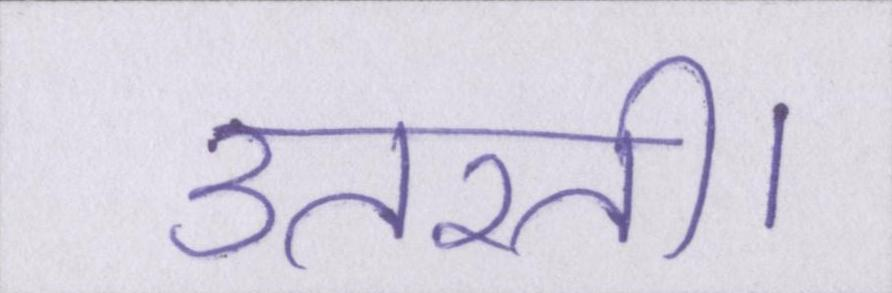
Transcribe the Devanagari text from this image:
उतरती।